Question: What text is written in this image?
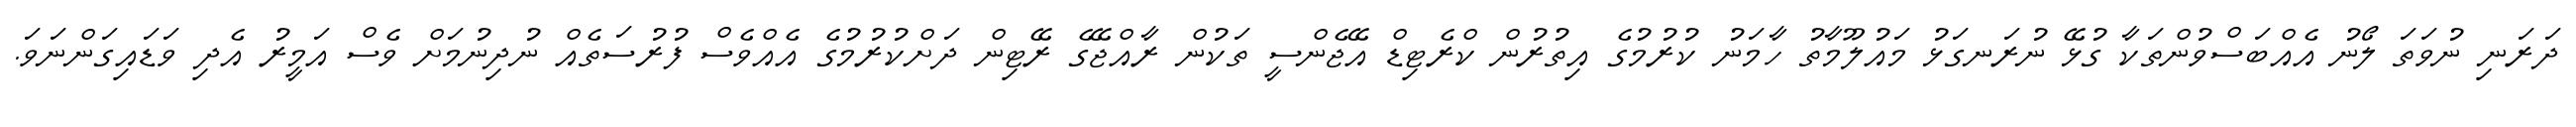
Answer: ދަރަނި ނުވަތަ ލޯނު އެއްބަސްވުންތަކާ ގުޅޭ ނުރަނގަޅު މައުލޫމާތު ހާމަނު ކުރުމުގެ އިތުރުން ކްރެޓިޑް އޭޖެންސީ ތަކުން ރާއްޖޭގެ ރޭޓިން ދަށްކުރުމުގެ އެއްވެސް ފުރުސަތެއް ނުދިނުމަށް ވެސް އަމީރު އެދި ވަޑައިގަންނަވަ.